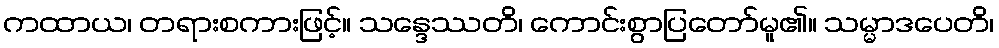
ကထာယ၊ တရားစကားဖြင့်။ သန္ဒေဿတိ၊ ကောင်းစွာပြတော်မူ၏။ သမ္မာဒပေတိ၊